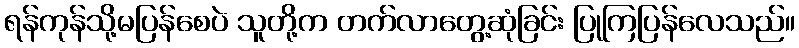
ရန်ကုန်သို့မပြန်စေပဲ သူတို့က တက်လာတွေ့ဆုံခြင်း ပြုကြပြန်လေသည်။